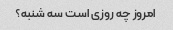
امروز چه روزی است سه شنبه؟